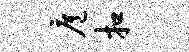
扈扣